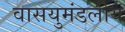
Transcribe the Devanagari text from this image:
वासयुमंडलीय